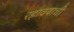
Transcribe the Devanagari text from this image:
रहावयाची